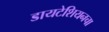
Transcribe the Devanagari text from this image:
डायटेशियनचा